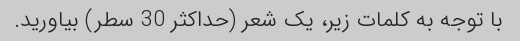
با توجه به کلمات زیر، یک شعر (حداکثر 30 سطر) بیاورید.